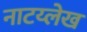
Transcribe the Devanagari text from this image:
नाटय्लेख